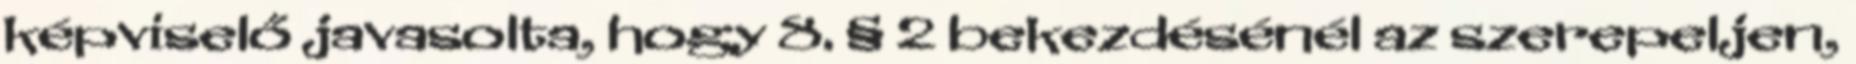
képviselő javasolta, hogy 8. § 2 bekezdésénél az szerepeljen,